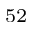
^ { 5 2 }